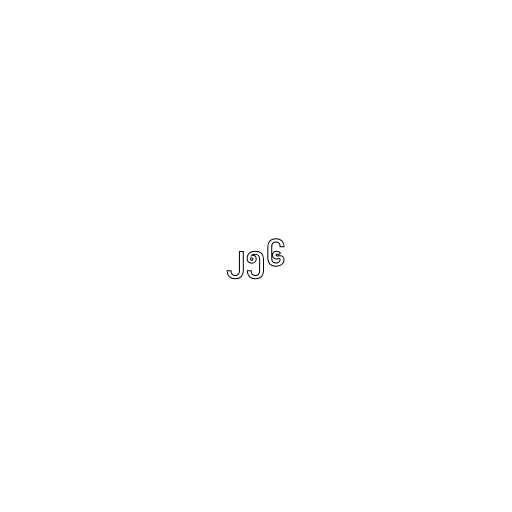
၂၅၆